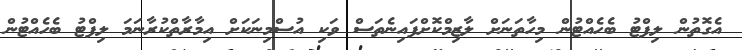
އެގޮތުން ލިފްޓު ބެހެއްޓުން މިހާތަނަށް ލާޒިމްކޮށްފައިނެތަސް ވަކި އުސްމިނަކަށް އިމާރާތްކުރާނަމަ ލިފްޓު ބެހެއްޓުން